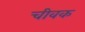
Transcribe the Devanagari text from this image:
चीवक